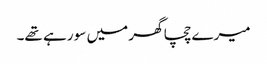
میرے چچا گھر میں سو رہے تھے۔